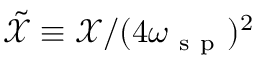
\tilde { \mathcal { X } } \equiv \mathcal { X } / ( 4 \omega _ { \mathrm { ~ s ~ p ~ } } ) ^ { 2 }